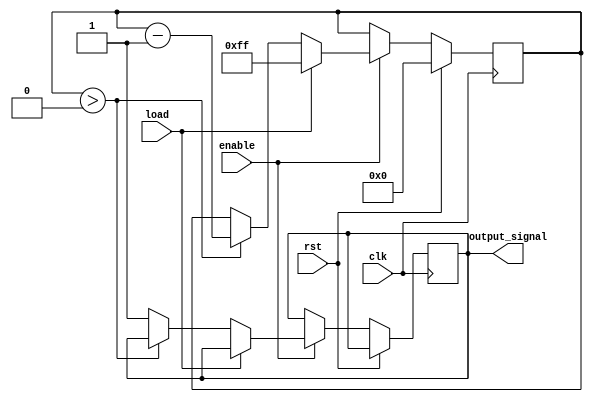
module CountdownTimer(
  input wire clk,
  input wire rst,
  input wire enable,
  input wire load,
  output reg output_signal
);

reg [7:0] counter;

always @(posedge clk) begin
  if(rst) begin
    counter <= 8'b0;
  end else begin
    if(enable) begin
      if(load) begin
        counter <= 8'b11111111;
      end else begin
        if(counter > 8'b0) begin
          counter <= counter - 1;
        end else begin
          output_signal <= 1;
        end
      end
    end
  end
end

endmodule